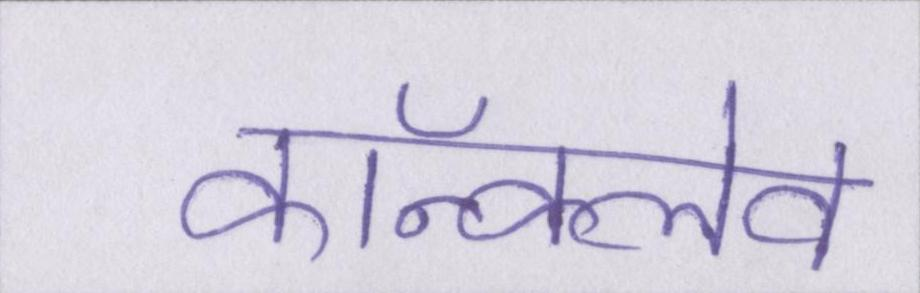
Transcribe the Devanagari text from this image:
कॉन्क्लेव